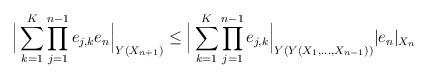
LaTeX: \begin{align*}\Big | \sum_{k=1}^K \prod_{j=1}^{n-1} e_{j,k}e_{n} \Big |_{{Y(}X_{n+1})}\le \Big | \sum_{k=1}^K \prod_{j=1}^{n-1} e_{j,k} \Big |_{Y(Y(X_1, \dots, X_{n-1}))} |e_{n}|_{X_{n}}\end{align*}